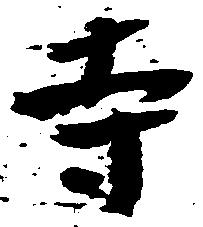
寺